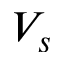
V _ { s }